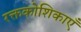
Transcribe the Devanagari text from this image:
रक्तकोशिकाएँ